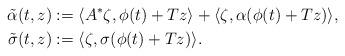
LaTeX: \begin{align*}\tilde{\alpha}(t,z) &:= \langle A^* \zeta, \phi(t) + Tz \rangle + \langle \zeta,\alpha(\phi(t)+Tz) \rangle,\\ \tilde{\sigma}(t,z) &:= \langle \zeta,\sigma(\phi(t)+Tz) \rangle.\end{align*}